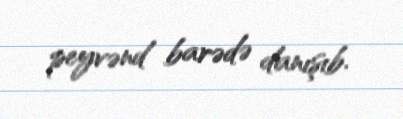
peyvənd barədə danışıb.